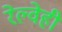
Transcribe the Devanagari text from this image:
रेल्वेही